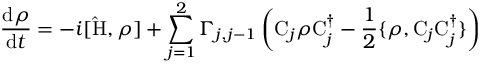
\frac { \mathrm { d } \rho } { \mathrm { d } t } = - i [ \mathrm { \hat { H } } , \rho ] + \sum _ { j = 1 } ^ { 2 } \Gamma _ { j , j - 1 } \left( \mathrm { C } _ { j } \rho \mathrm { C } _ { j } ^ { \dag } - \frac { 1 } { 2 } \{ \rho , \mathrm { C } _ { j } \mathrm { C } _ { j } ^ { \dag } \} \right)